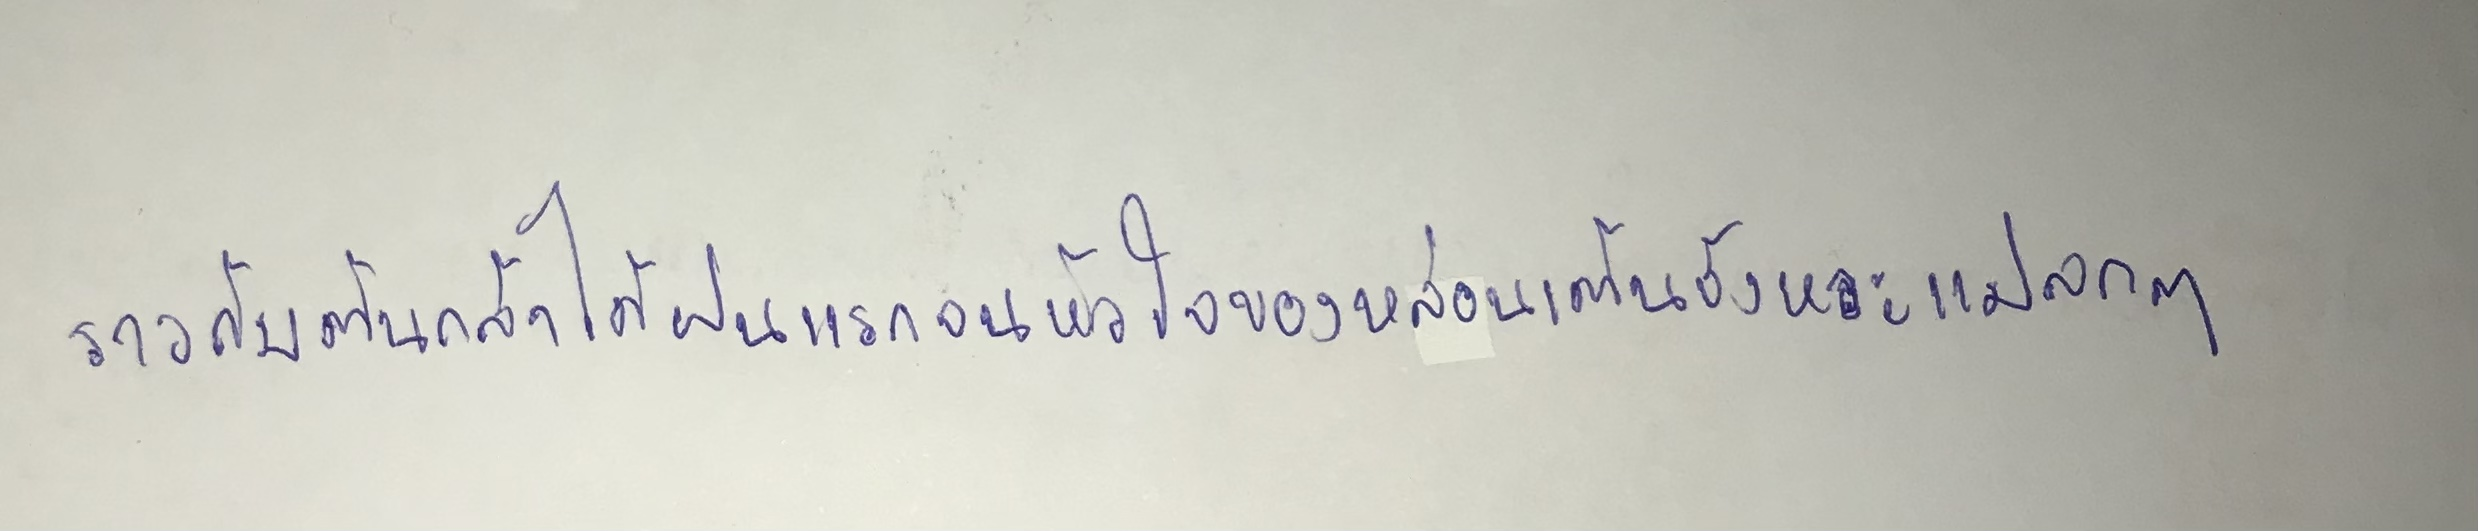
ราวกับต้นกล้าได้ฝนแรกจนหัวใจของหล่อนเต้นจังหวะแปลกๆ